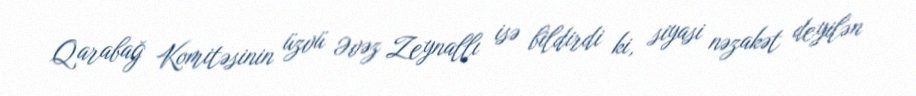
Qarabağ Komitəsinin üzvü Əvəz Zeynallı isə bildirdi ki, siyasi nəzakət deyilən